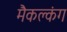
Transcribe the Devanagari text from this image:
मैकक्लंग